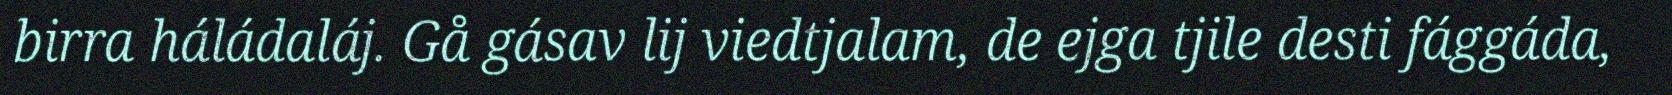
birra háládaláj. Gå gásav lij viedtjalam, de ejga tjile desti fággáda,